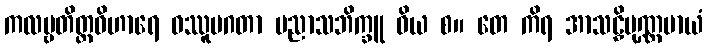
ကလမ္ဗတိတ္ထဝိဟာရေ ဝဿူပဂတာ ပညာသဘိက္ခူ ဝိယ စ။ တေ ကိရ အာသဠှိပုဏ္ဏမာယံ